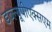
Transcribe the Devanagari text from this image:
डब्ल्यूपीएक्सएम